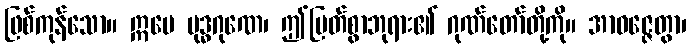
ဖြစ်ကုန်သော။ ဣမေ ဗုဒ္ဓဂုဏေ၊ ဤမြတ်စွာဘုရား၏ ဂုဏ်တော်တို့ကို။ အာဝဇ္ဇေတွာ၊